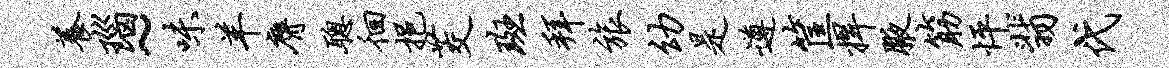
养瑙~味羊膺聪徊挹茭斑拜旅幼是遵筐捍腋筋怦翡代